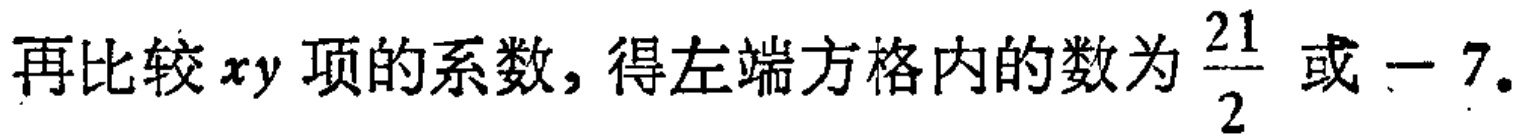
再比较$xy$项的系数, 得左端方格内的数为$\frac{21}{2}$或$-7$.